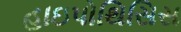
હાઇપોથિસિસ